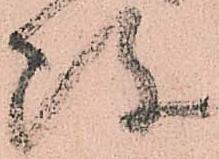
敗